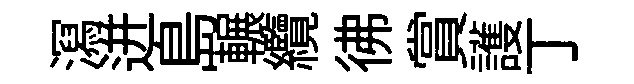
㵼迸島輾纜彿賞護丁